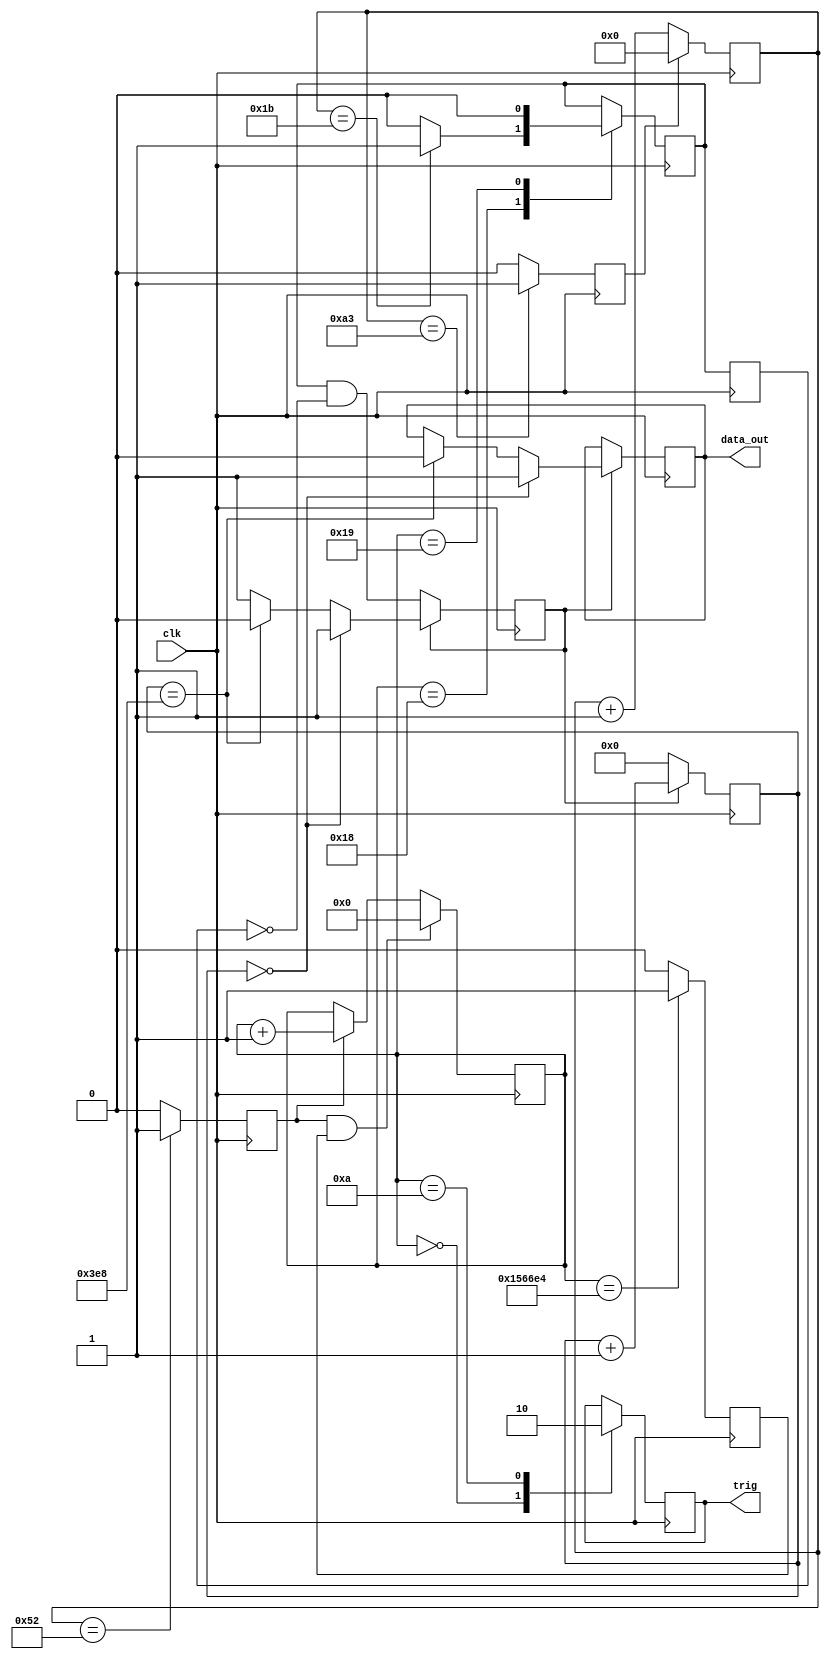
`timescale 1ns / 1ps
//////////////////////////////////////////////////////////////////////////////////
// Company: 
// Engineer: 
// 
// Design Name: 
// Module Name:    bench 
// Project Name: 
// Target Devices: 
// Tool versions: 
// Description: 
//
// Dependencies: 
//
// Revision: 
// Revision 0.01 - File Created
// Additional Comments: 
//
//////////////////////////////////////////////////////////////////////////////////
module bench(
    input clk,
    output reg trig = 0,
    output reg data_out = 0
    );


//***************************** TEST BENCH **************************************
	
parameter MAX_CNT = 21'd1402596; // 1.56 Hz rep rate
//parameter max_cnt = 18'd216450; //10 Hz rep rate, 144300 = 15 Hz (max!)
parameter RING_CLK_HOLDOFF = 8'd82;
parameter DOUT_OFFSET = 8'd27;
parameter OPWIDTH = 10'd1000;

reg [20:0] mstr_ctr =21'd0;
reg [9:0] opctr = 10'd0;
reg [7:0] main_ctr = 8'd0;
reg mstr_ctr_tc = 0, main_ctr_tc = 0, ring_clk_edge = 0, dout_en_a = 0, dout_en_b = 0, opctr_counting = 0;
wire dout_en;
	
always @(posedge clk) begin
	dout_en_b <= dout_en_a;
	ring_clk_edge <= (main_ctr==RING_CLK_HOLDOFF) ? 1'b1 : 1'b0;
	mstr_ctr_tc <= (mstr_ctr==MAX_CNT) ? 1'b1 : 1'b0;
	main_ctr_tc <= (main_ctr==8'd163) ? 1'b1 : 1'b0;

	if (ring_clk_edge && mstr_ctr_tc) mstr_ctr <= 21'd0;
	else if (ring_clk_edge) mstr_ctr <= mstr_ctr + 1;
	else mstr_ctr <= mstr_ctr;

	if (main_ctr_tc) main_ctr <= 8'd0;
	else main_ctr <= main_ctr + 8'd1;
	
	case (mstr_ctr)
		21'd0: begin
			trig <= 1'b1;
			dout_en_a <= dout_en_a;
			end
		21'd10: begin
			trig <= 1'b0;
			dout_en_a <= dout_en_a;
			end
		21'd24: begin
			trig <= trig;
			dout_en_a <= (main_ctr==DOUT_OFFSET) ? 1'b1 : 1'b0;
			end
		21'd25: begin
			trig <= trig;
			dout_en_a <= 1'b0;
		end
		default: begin
			trig <= trig;
			dout_en_a <= dout_en_a;
			end
	endcase
			
	if (~opctr_counting) begin
		opctr_counting <= dout_en;
		opctr <= 10'd0;
		data_out <= data_out;
		end
	else if (opctr == 10'd0) begin
		opctr_counting <= opctr_counting;
		opctr <= opctr + 10'd1;
		data_out <= 1'b1;
		end
	else if (opctr == OPWIDTH) begin
		opctr_counting <= 1'b0;
		opctr <= opctr + 10'd1;
		data_out <= 1'b0;
		end
	else begin
		opctr_counting <= opctr_counting;
		opctr <= opctr + 10'd1;
		data_out <= data_out;
		end
		
end

assign dout_en = dout_en_a & ~dout_en_b;

endmodule